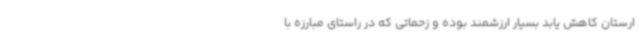
ارستان کاهش یابد بسیار ارزشمند بوده و زحماتی که در راستای مبارزه با